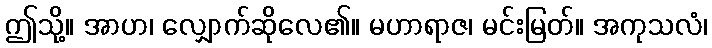
ဤသို့။ အာဟ၊ လျှောက်ဆိုလေ၏။ မဟာရာဇ၊ မင်းမြတ်။ အကုသလံ၊